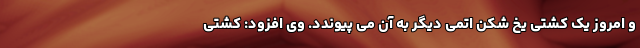
و امروز یک کشتی یخ شکن اتمی دیگر به آن می پیوندد. وی افزود: کشتی